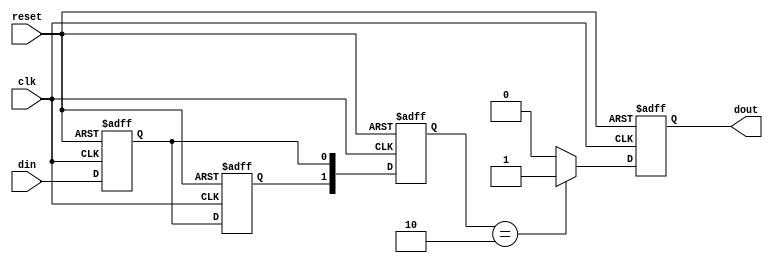
module dual_ff_detector (
    input wire clk,            // Clock signal
    input wire reset,          // Asynchronous reset signal
    input wire din,            // Input signal to be monitored
    output reg dout            // Output signal indicating pattern detection
);

    // Internal signals for flip-flop outputs
    reg ff1, ff2;
    reg [1:0] state;           // State register to store the output of the flip-flops

    // Flip-flop implementation
    always @(posedge clk or posedge reset) begin
        if (reset) begin
            ff1 <= 1'b0;
            ff2 <= 1'b0;
        end else begin
            ff1 <= din;        // Capture input on rising edge of clock
            ff2 <= ff1;       // Capture ff1 output on the next clock edge
        end
    end

    // State retention logic
    always @(posedge clk or posedge reset) begin
        if (reset) begin
            state <= 2'b00;    // Reset state
            dout <= 1'b0;      // Reset output
        end else begin
            state <= {ff2, ff1}; // Store current and previous states

            // Pattern detection logic (Example: Detect 10 pattern)
            if (state == 2'b10) begin
                dout <= 1'b1;    // Indicate that the pattern is detected
            end else begin
                dout <= 1'b0;    // No pattern detected
            end
        end
    end

endmodule